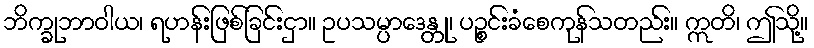
ဘိက္ခုဘာဝါယ၊ ရဟန်းဖြစ်ခြင်းငှာ။ ဥပသမ္ပာဒေန္တု၊ ပဉ္စင်းခံစေကုန်သတည်း။ ဣတိ၊ ဤသို့။